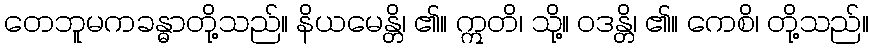
တေဘူမကခန္ဓာတို့သည်။ နိယမေန္တိ၊ ၏။ ဣတိ၊ သို့။ ဝဒန္တိ၊ ၏။ ကေစိ၊ တို့သည်။